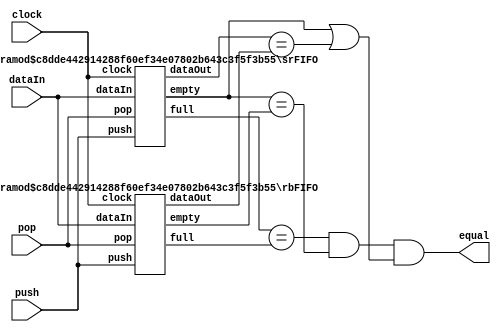
// Model to check the equivalence of two different FIFO implementations.
// This example is taken from Ken McMillan's "A Conjunctively Decomposed
// Boolean Representation for Symbolic Model Checking" (CAV'96), though
// the details are probably different.
//

module compareFIFOs(clock,dataIn,push,pop,equal);
    parameter	   MSBD = 3;
    parameter	   LAST = 15;
    parameter	   MSBA = 3;
    input	   clock;
    input [MSBD:0] dataIn;
    input	   push;
    input	   pop;
    output	   equal;

    wire [MSBD:0]  srDataOut;
    wire	   srFull, srEmpty;
    wire [MSBD:0]  rbDataOut;
    wire	   rbFull, rbEmpty;

    srFIFO #(MSBD,LAST,MSBA) sr (clock, dataIn, push, pop,
				srDataOut, srFull, srEmpty);

    rbFIFO #(MSBD,LAST,MSBA) rb (clock, dataIn, push, pop,
				rbDataOut, rbFull, rbEmpty);

    // The outputs of the two FIFOs are not specified when the
    // buffers are empty.
    assign equal = (srFull == rbFull) & (srEmpty == rbEmpty) &
	(srEmpty | (srDataOut == rbDataOut));

endmodule // compareFIFOs


// Shift register FIFO.
// tail points to the first element of the queue unless the buffer is empty.
// the new data is always inserted in position 0 of the buffer, after
// shifting the contents up by one position.
// A push on a full buffer is a NOOP.
// A pop from an empty buffer is a NOOP.
// If both push and pop are asserted at the same clock cycle, only the push
// operation is performed.
// dataOut gives the first element of the queue unless the buffer is empty,
// in which case its value is arbitrary.
module srFIFO(clock,dataIn,push,pop,dataOut,full,empty);
    parameter	    MSBD = 3;
    parameter	    LAST = 15;
    parameter	    MSBA = 3;
    input	    clock;
    input [MSBD:0]  dataIn;
    input	    push;
    input	    pop;
    output [MSBD:0] dataOut;
    output	    full;
    output	    empty;

    reg [MSBD:0]    mem[0:LAST];
    reg [MSBA:0]    tail;
    reg		    empty;
    integer	    i;

    initial begin
	for (i = 0; i <= LAST; i = i + 1)
	    mem[i] = 0;
	tail = 0;
	empty = 1;
    end // initial begin

    always @ (posedge clock) begin
	if (push & ~full) begin
	    for (i = LAST; i > 0; i = i - 1)
		mem[i] = mem[i - 1];
	    mem[0] = dataIn;
	    if (~empty)
		tail = tail + 1;
	    empty = 0;
	end // if (push & ~full)
	else if (pop & ~empty) begin
	    if (tail == 0)
		empty = 1;
	    else
		tail = tail - 1;
	end // if (pop & ~empty)
    end // always @ (posedge clock)

    assign dataOut = mem[tail];
	
    assign full = tail == LAST;

endmodule // srFIFO


// Ring buffer FIFO.
// head points to the insertion point unless the buffer is full.
// tail points to the first element in the queue unless the buffer is empty.
// A push on a full buffer is a NOOP.
// A pop from an empty buffer is a NOOP.
// If both push and pop are asserted at the same clock cycle, only the push
// operation is performed.
// dataOut gives the first element of the queue unless the buffer is empty,
// in which case its value is arbitrary. 
module rbFIFO(clock,dataIn,push,pop,dataOut,full,empty);
    parameter	    MSBD = 3;
    parameter	    LAST = 15;
    parameter	    MSBA = 3;
    input	    clock;
    input [MSBD:0]  dataIn;
    input	    push;
    input	    pop;
    output [MSBD:0] dataOut;
    output	    full;
    output	    empty;

    reg [MSBD:0]    mem[0:LAST];
    reg [MSBA:0]    head;   
    reg [MSBA:0]    tail;
    reg		    empty;
    integer	    i;

    initial begin
	for (i = 0; i <= LAST; i = i + 1)
	    mem[i] = 0;
	head = 0;
	tail = 0;
	empty = 1;
    end // initial begin

    always @ (posedge clock) begin
	if (push & ~full) begin
	    mem[head] = dataIn;
	    head = head + 1;
	    empty = 0;
	end // if (push & ~full)
	else if (pop & ~empty) begin
	    tail = tail + 1;
	    if (tail == head)
		empty = 1;
	end // if (pop & ~empty)
    end // always @ (posedge clock)

    assign dataOut = mem[tail];
	
    assign full = (tail == head) & ~empty;

endmodule // rbFIFO